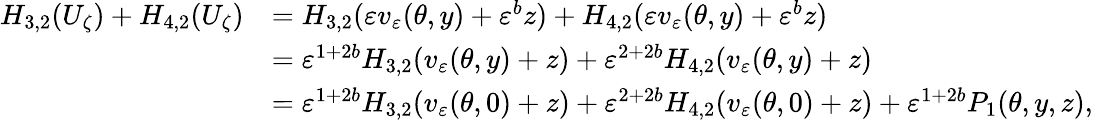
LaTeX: \begin{array}{rl}{H_{3,2}(U_{\zeta})+H_{4,2}(U_{\zeta})}&{=H_{3,2}(\varepsilon v_{\varepsilon}(\theta,y)+\varepsilon^{b}z)+H_{4,2}(\varepsilon v_{\varepsilon}(\theta,y)+\varepsilon^{b}z)}\\ &{=\varepsilon^{1+2b}H_{3,2}(v_{\varepsilon}(\theta,y)+z)+\varepsilon^{2+2b}H_{4,2}(v_{\varepsilon}(\theta,y)+z)}\\ &{=\varepsilon^{1+2b}H_{3,2}(v_{\varepsilon}(\theta,0)+z)+\varepsilon^{2+2b}H_{4,2}(v_{\varepsilon}(\theta,0)+z)+\varepsilon^{1+2b}P_{1}(\theta,y,z),}\end{array}